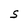
Character: S